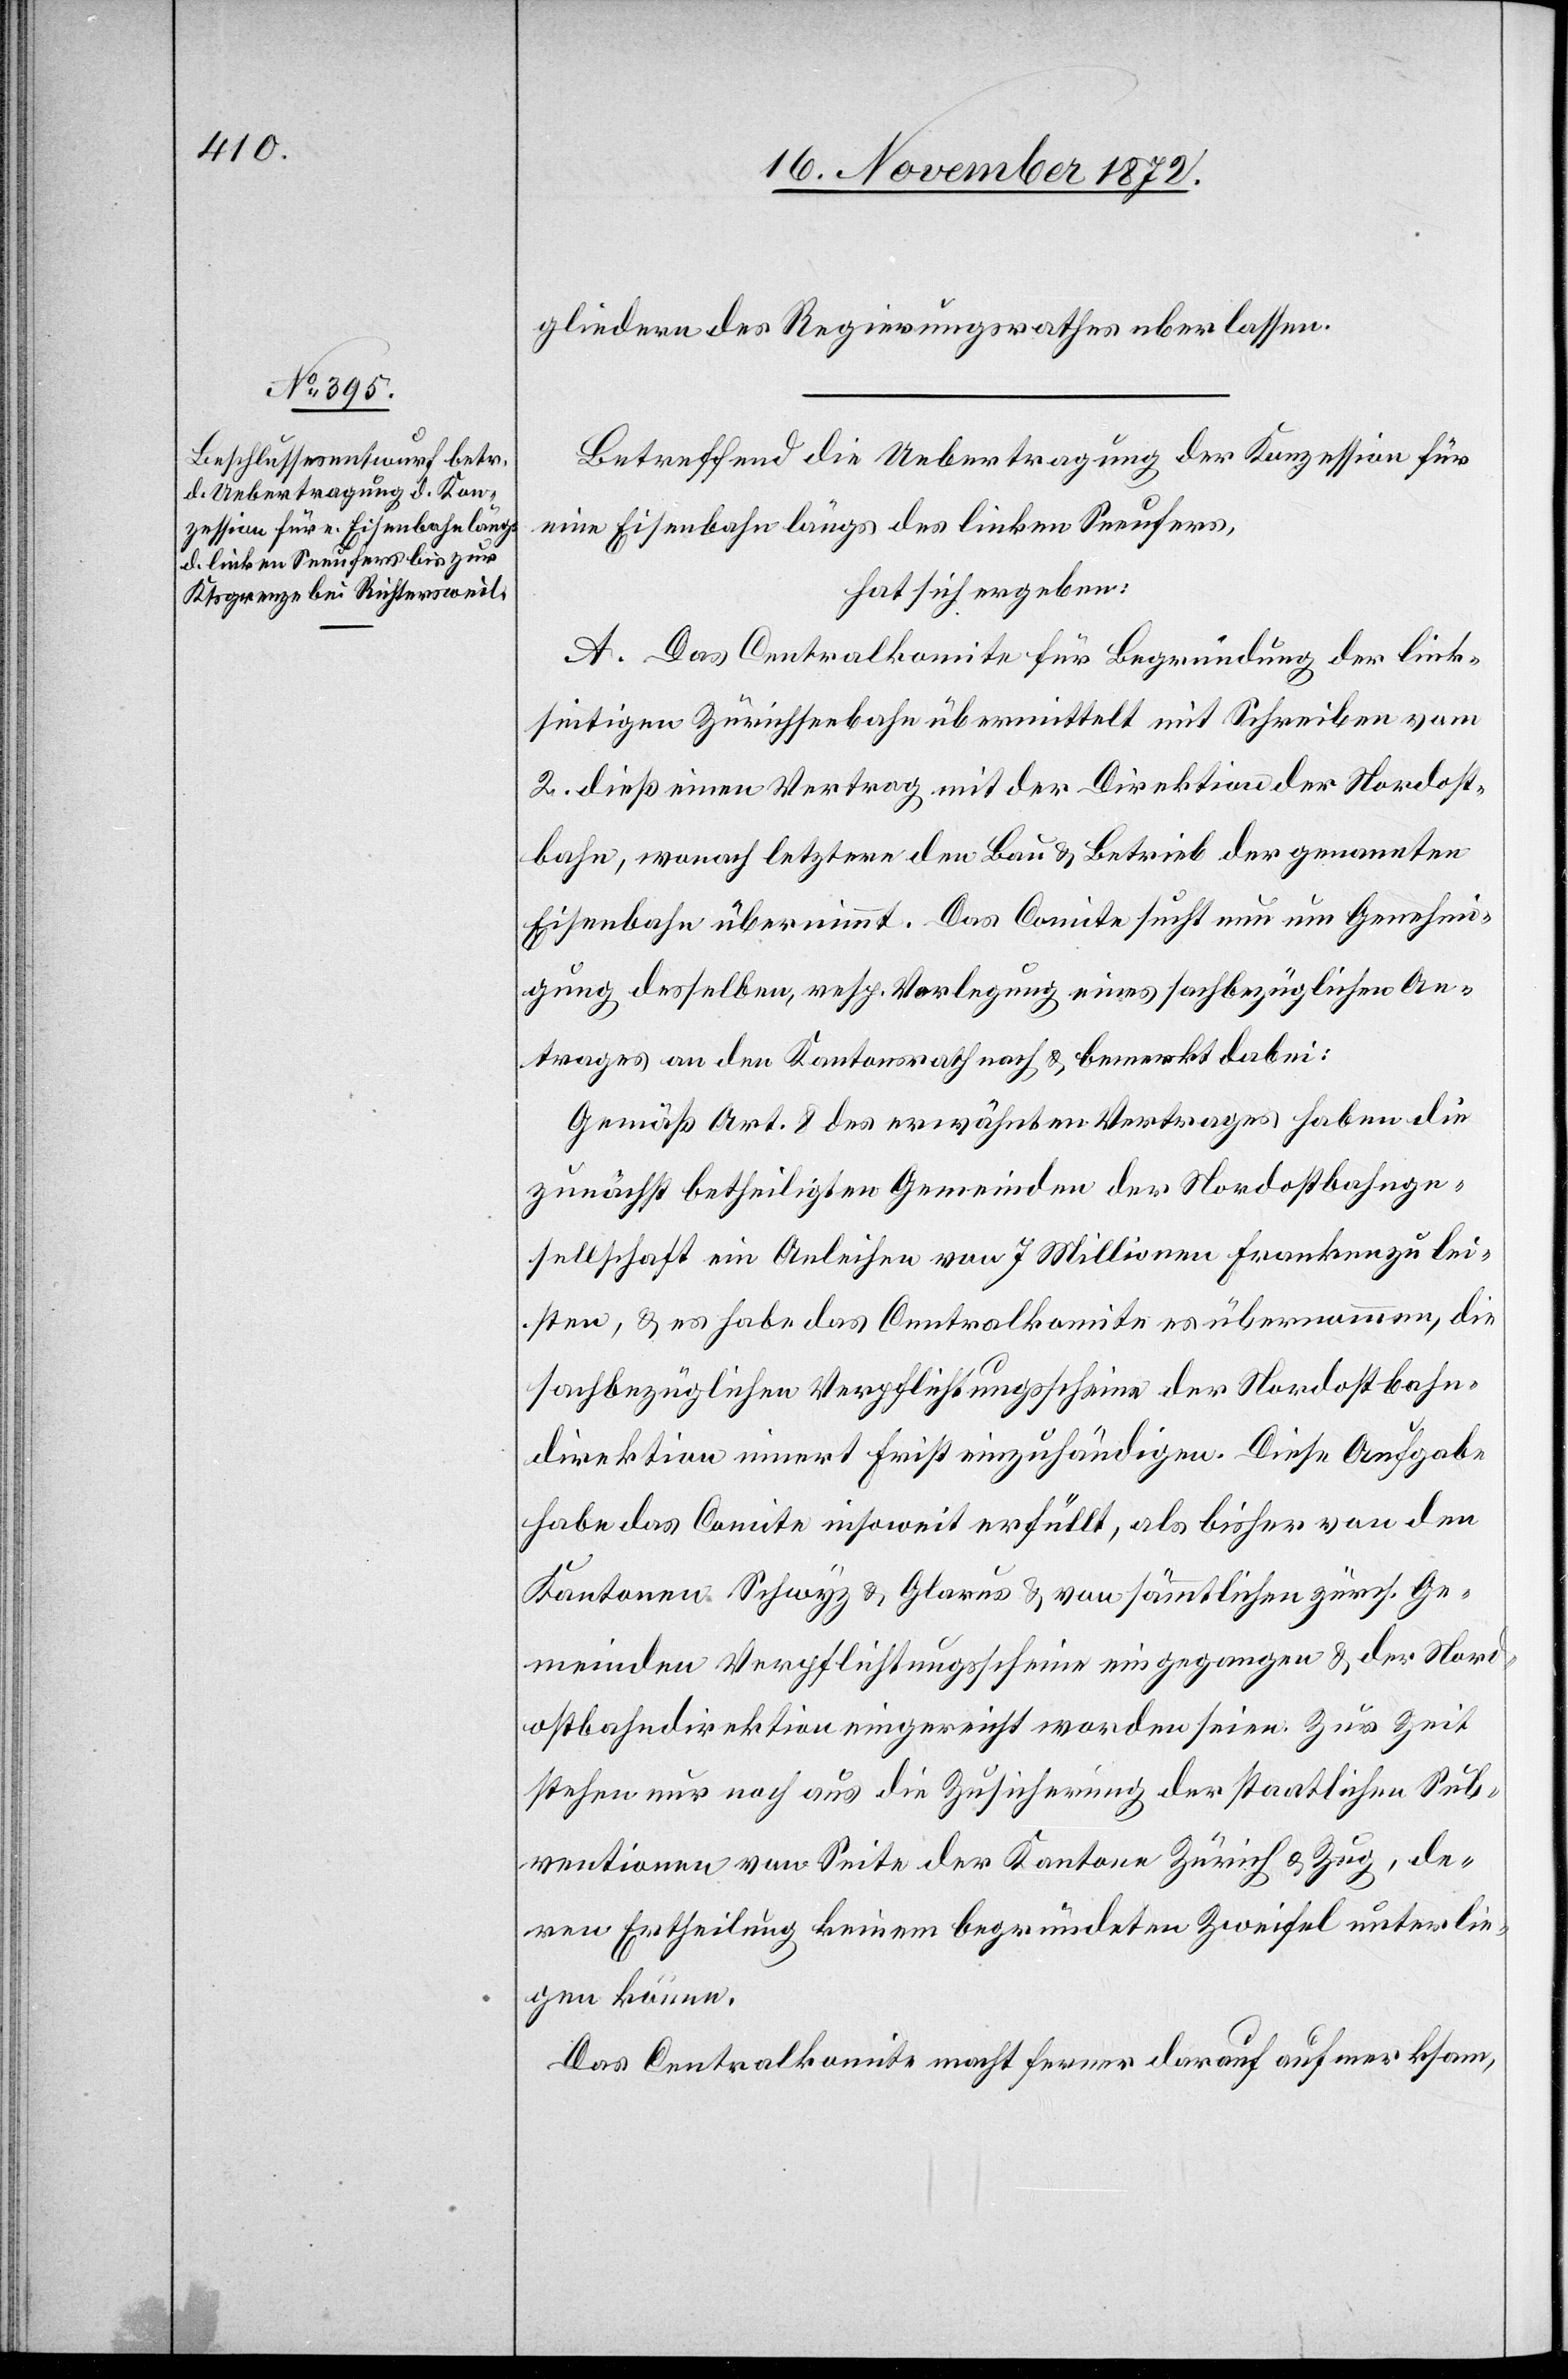
gliedern des Regierungsrathes überlassen.
Betreffend die Uebertragung der Konzession für
eine Eisenbahn längs des linken Seeufers,
hat sich ergeben:
A. Das Centralkomite für Begründung der link¬
seitigen Zürichseebahn übermittelt mit Schreiben vom
2. dieß einen Vertrag mit der Direktion der Nordost¬
bahn, wonach letztere den Bau u. Betrieb der genannten
Eisenbahn übernimmt. Das Comite sucht nun um Genehmi¬
gung desselben, resp. Verlegung eines sachbezüglichen An¬
trages an den Kantonsrath nach u. bemerkt dabei:
Gemäß Art. 8 des erwähnten Vertrages haben die
zunächst betheiligten Gemeinden der Nordostbahnge¬
sellschaft ein Anleihen von 7 Millionen Franken zu lei¬
sten, u. es habe das Centralkomite es übernommen, die
sachbezüglichen Verpflichtungsscheine der Nordostbahn¬
direktion innert Frist einzuhändigen. Diese Aufgabe
habe das Comite insoweit erfüllt, als bisher von den
Kantonen Schwyz u. Glarus u. von sämmtlichen zürch. Ge¬
meinden Verpflichtungsscheine eingegangen u. der Nord¬
ostbahndirektion eingereicht worden seien. Zur Zeit
stehen nur noch aus die Zusicherung der staatlichen Sub¬
ventionen von Seite der Kantone Zürich u. Zug, de¬
ren Ertheilung keinem begründeten Zweifel unterlie¬
gen könne.
Das Centralkomite macht ferner darauf aufmerksam,